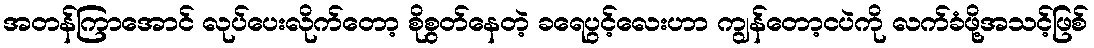
အတန်ကြာအောင် လုပ်ပေးလိုက်တော့ စိုစွတ်နေတဲ့ ခရေပွင့်လေးဟာ ကျွန်တော့ငပဲကို လက်ခံဖို့အသင့်ဖြစ်